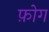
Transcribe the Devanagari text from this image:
फ़ोग